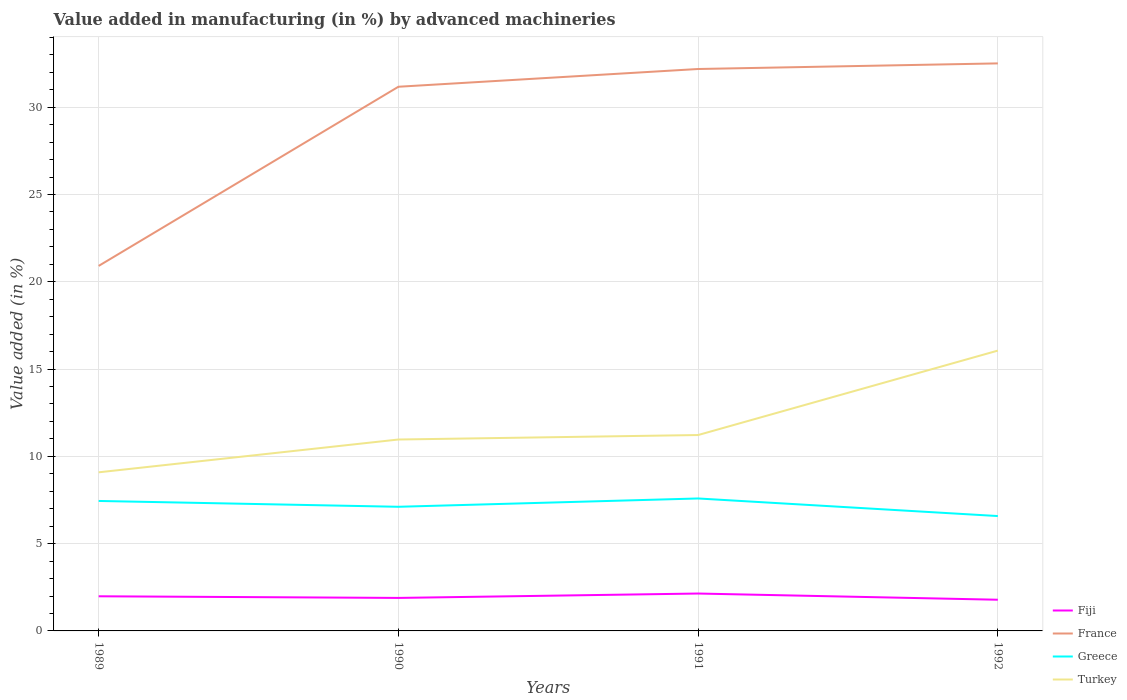
| Years | Fiji | France | Greece | Turkey |
 | --- | --- | --- | --- | --- |
 | 1989 | 1.98 | 20.9 | 7.45 | 9.09 |
 | 1990 | 1.89 | 31.2 | 7.11 | 11 |
 | 1991 | 2.14 | 32.2 | 7.59 | 11.2 |
 | 1992 | 1.79 | 32.5 | 6.58 | 16.1 |